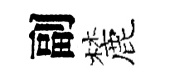
副麓